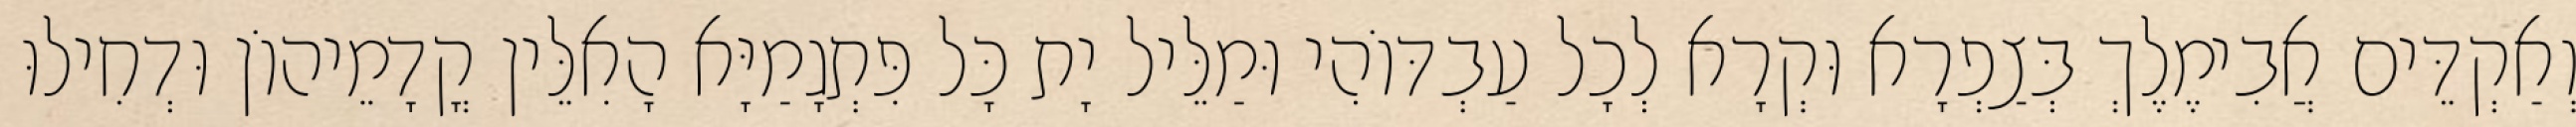
וְאַקְדֵּים אֲבִימֶלֶךְ בְּצַפְרָא וּקְרָא לְכָל עַבְדּוֹהִי וּמַלֵּיל יָת כָּל פִּתְגָמַיָּא הָאִלֵּין קֳדָמֵיהוֹן וּדְחִילוּ